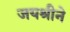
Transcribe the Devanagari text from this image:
जयश्रीने